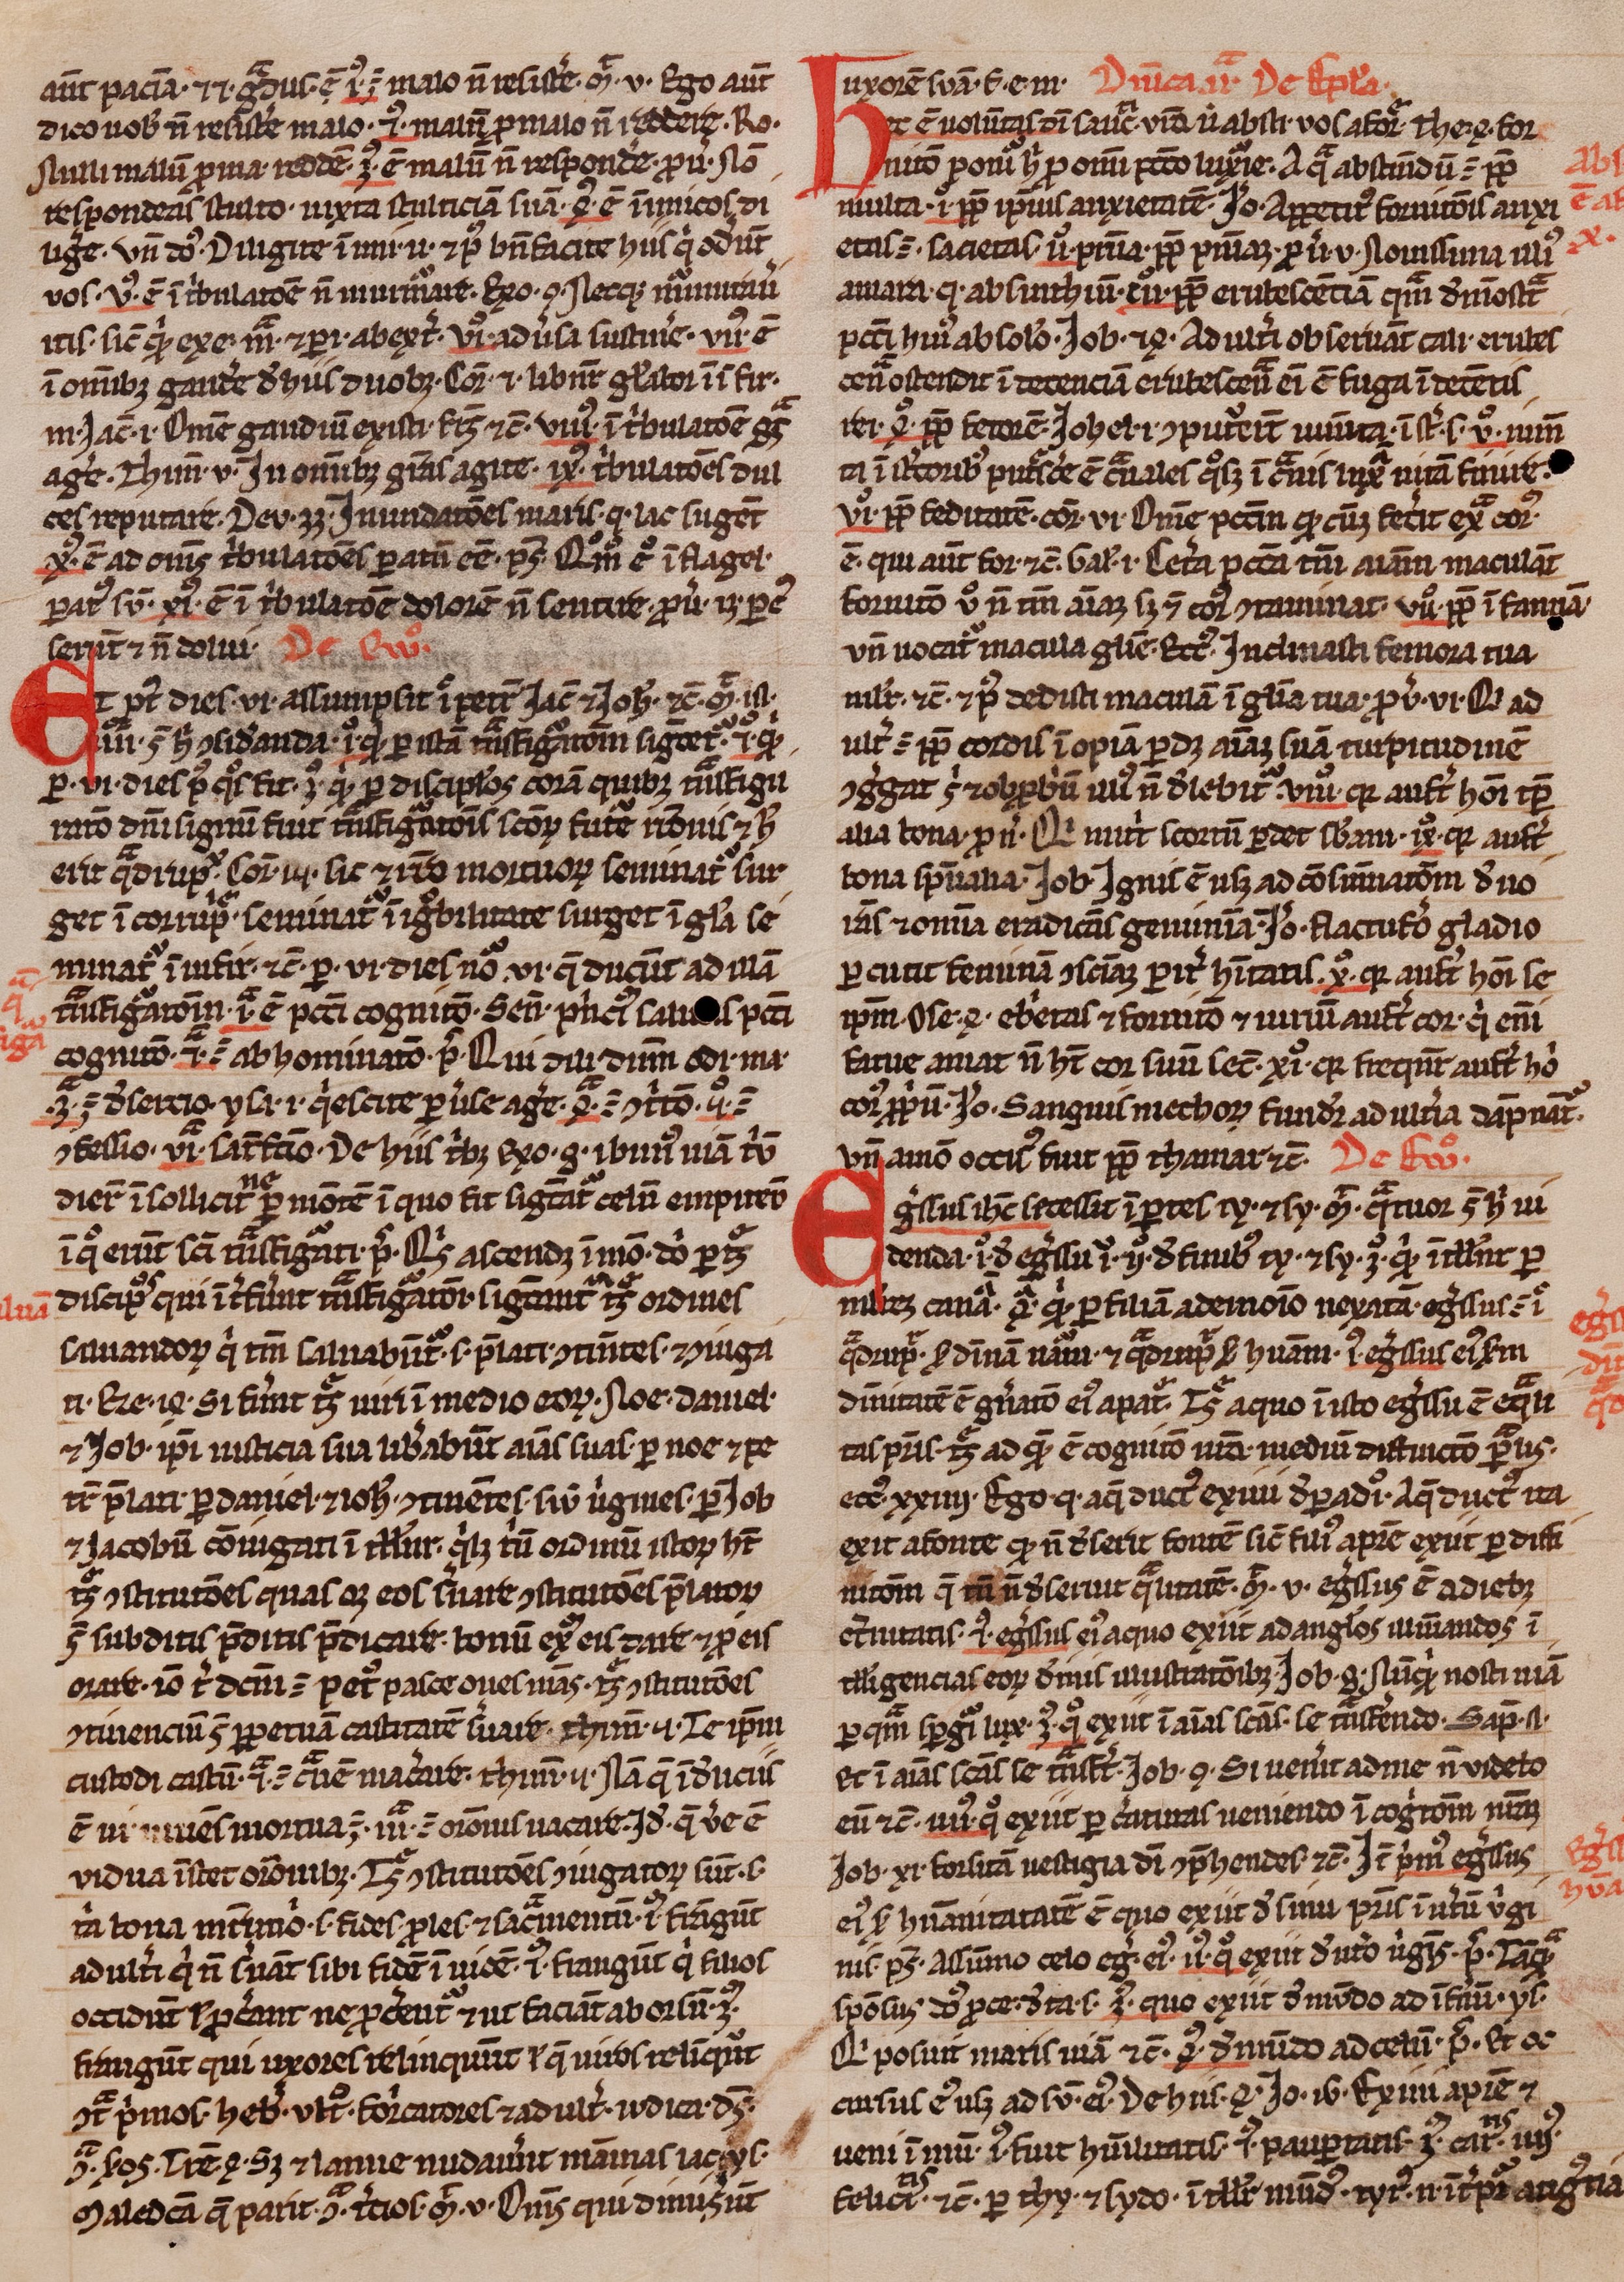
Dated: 1300–1399